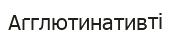
Агглютинативті